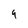
Character: 4